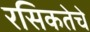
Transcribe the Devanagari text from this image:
रसिकतेचे